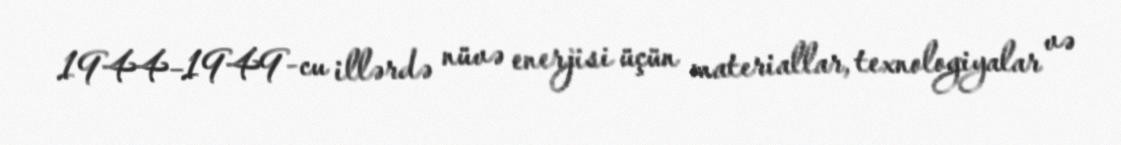
1944–1949-cu illərdə nüvə enerjisi üçün materiallar, texnologiyalar və